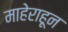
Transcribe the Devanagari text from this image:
माहेराहून